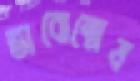
ভাবোন্মেষ